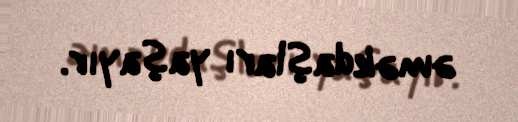
əməkdaşları yaşayır.